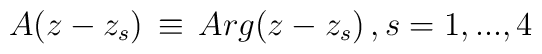
A(z - z_s )\, \equiv\,  Arg(z - z_s) \, , s = 1,...,4